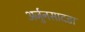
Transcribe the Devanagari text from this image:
अर्जुनसादडा